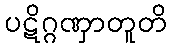
ပဋိဂ္ဂဏှာတူတိ